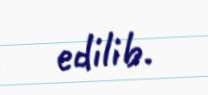
edilib.